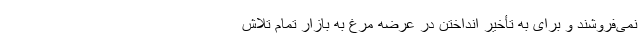
نمی‌فروشند و برای به تأخیر انداختن در عرضه مرغ به بازار تمام تلاش